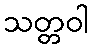
သတ္တဝါ